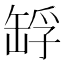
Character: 𦈴